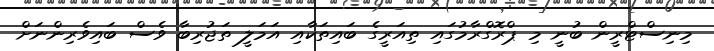
މިނިސްޓްރީން ބުނީ މި ޕްރޮގްރާމުގައި ތިއަރީގެ ބައިތަކާއި އަމަލީ ތަޖުރިބާ ވެސް ބައިވެރިންނަށް